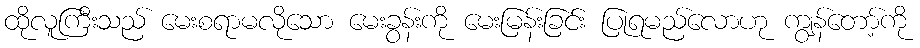
ထိုလူကြီးသည် မေးစရာမလိုသော မေးခွန်းကို မေးမြန်းခြင်း ပြုရမည်လောဟု ကျွန်တော့်ကို